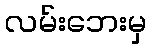
လမ်းဘေးမှ